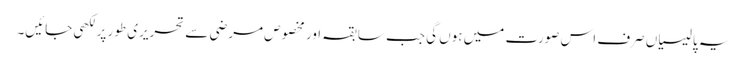
یہ پالیسیاں صرف اس صورت میں ہوں گی جب سابقہ اور مخصوص مرضی سے تحریری طور پر لکھی جائیں۔